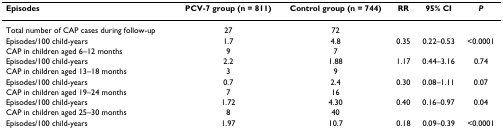
| Episodes | PCV-7 group (n = 811) | Control group (n = 744) | RR | 95% CI | P |
 | --- | --- | --- | --- | --- | --- |
 | Total number of CAP cases during follow-up | 27 | 72 |  |  |  |
 | Episodes/100 child-years | 1.7 | 4.8 | 0.35 | 0.22–0.53 | <0.0001 |
 | CAP in children aged 6–12 months | 9 | 7 |  |  |  |
 | Episodes/100 child-years | 2.2 | 1.88 | 1.17 | 0.44–3.16 | 0.74 |
 | CAP in children aged 13–18 months | 3 | 9 |  |  |  |
 | Episodes/100 child-years | 0.7 | 2.4 | 0.30 | 0.08–1.11 | 0.07 |
 | CAP in children aged 19–24 months | 7 | 16 |  |  |  |
 | Episodes/100 child-years | 1.72 | 4.30 | 0.40 | 0.16–0.97 | 0.04 |
 | CAP in children aged 25–30 months | 8 | 40 |  |  |  |
 | Episodes/100 child-years | 1.97 | 10.7 | 0.18 | 0.09–0.39 | <0.0001 |